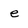
Character: e